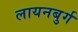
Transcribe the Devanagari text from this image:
लायनबुर्ग